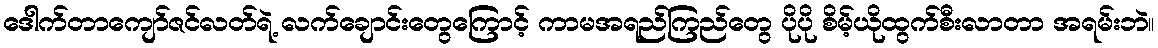
ဒေါက်တာကျော်ဇင်လတ်ရဲ့ လက်ချောင်းတွေကြောင့် ကာမအရည်ကြည်တွေ ပိုပို စိမ့်ယိုထွက်စီးလာတာ အရမ်းဘဲ။